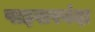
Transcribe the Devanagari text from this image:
पाइखरबंदा